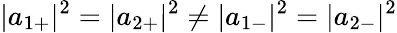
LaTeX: |{a}_{1+}|^{2}=|{a}_{2+}|^{2}\neq|{a}_{1-}|^{2}=|{a}_{2-}|^{2}